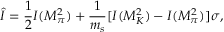
\hat { I } = \frac { 1 } { 2 } I ( M _ { \pi } ^ { 2 } ) + \frac { 1 } { m _ { s } } [ I ( M _ { K } ^ { 2 } ) - I ( M _ { \pi } ^ { 2 } ) ] \sigma ,